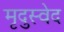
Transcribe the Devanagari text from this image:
मृदुस्वेद